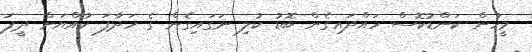
މީހުން ކަންޑުކޮސް ހައްދައިގެން ބޮޑު ކުލި ނަގައިގެން ގެ ހަދާފަ ކުއްޔަށް ދީފަ